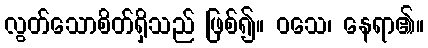
လွတ်သောစိတ်ရှိသည် ဖြစ်၍။ ဝသေ၊ နေရာ၏။